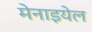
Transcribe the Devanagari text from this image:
मेनाइयेल